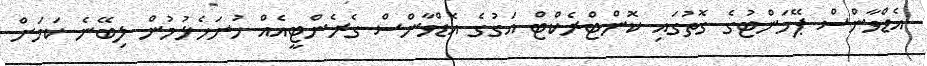
އެޑްވާންސް ޕޭމަންޓުގެ ގޮތުގައި ކޮންޓްރެކްޓް އަގުގެ އެޑްވާންސް ގެރެންޓީއެއް ހުށަހެޅުމުން ލިބޭނެ ކަމަށް